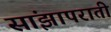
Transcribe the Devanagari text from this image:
सांझापराती